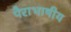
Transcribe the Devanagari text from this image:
पैराभाषीय